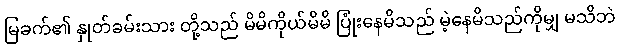
မြခက်၏ နှုတ်ခမ်းသား တို့သည် မိမိကိုယ်မိမိ ပြုံးနေမိသည် မဲ့နေမိသည်ကိုမျှ မသိဘဲ